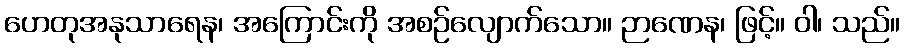
ဟေတုအနုသာရေန၊ အကြောင်းကို အစဉ်လျောက်သော။ ဉာဏေန၊ ဖြင့်။ ဝါ၊ သည်။